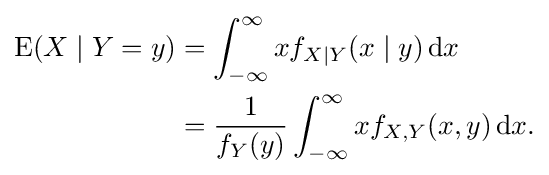
{\begin{aligned}\operatorname {E} (X\mid Y=y)&=\int _{-\infty }^{\infty }xf_{X\mid Y}(x\mid y)\,\mathrm {d} x\\&={\frac {1}{f_{Y}(y)}}\int _{-\infty }^{\infty }xf_{X,Y}(x,y)\,\mathrm {d} x.\end{aligned}}